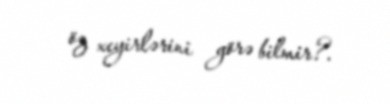
öz xeyirlərini görə bilmir?.